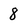
Character: 8